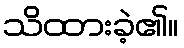
သိထားခဲ့၏။